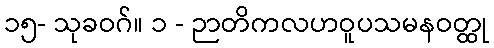
၁၅- သုခဝဂ်။ ၁ - ဉာတိကလဟဝူပသမနဝတ္ထု